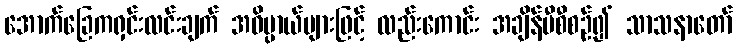
အောက်ခြေကရှင်းလင်းချက် အဓိပ္ပာယ်များဖြင့် လည်းကောင်း အချိန်မီစီစဉ်၍ သာသနာတော်